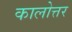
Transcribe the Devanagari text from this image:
कालोत्तर